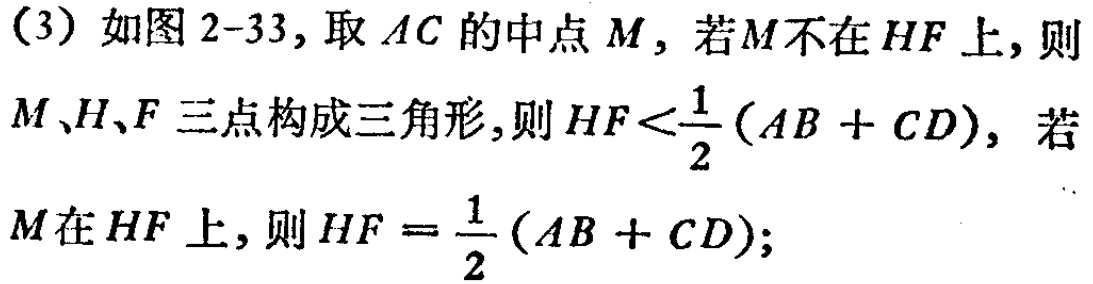
(3) 如图2-33, 取 \(AC\) 的中点 \(M\), 若 \(M\) 不在 \(HF\) 上, 则 \(M\)、\(H\)、\(F\) 三点构成三角形,则 \(HF<\frac{1}{2}(AB + CD)\), 若 \(M\) 在 \(HF\) 上, 则 \(HF = \frac{1}{2}(AB + CD)\);